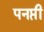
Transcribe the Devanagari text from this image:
पनप्ती